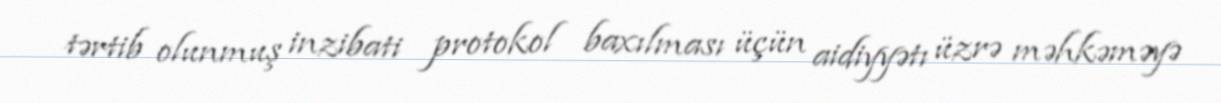
tərtib olunmuş inzibati protokol baxılması üçün aidiyyətı üzrə məhkəməyə